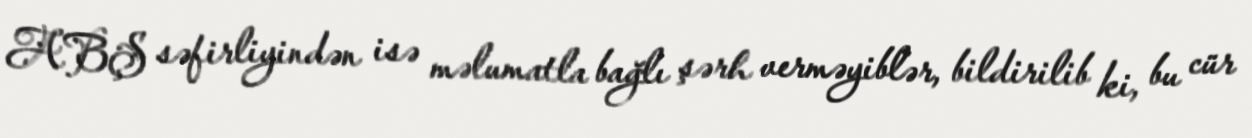
ABŞ səfirliyindən isə məlumatla bağlı şərh verməyiblər, bildirilib ki, bu cür